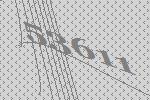
53611